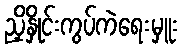
ညှိနှိုင်းကွပ်ကဲရေးမှူး